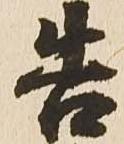
告